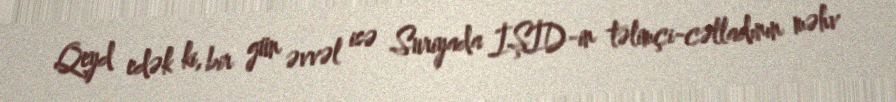
Qeyd edək ki, bir gün əvvəl isə Suriyada İŞİD-in təlimçi-cəlladının məhv